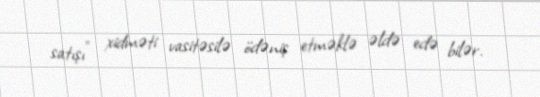
satışı" xidməti vasitəsilə ödəniş etməklə əldə edə bilər.